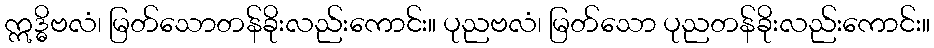
ဣဒ္ဓိဗလံ၊ မြတ်သောတန်ခိုးလည်းကောင်း။ ပုညဗလံ၊ မြတ်သော ပုညတန်ခိုးလည်းကောင်း။